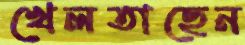
খেলতাছেন